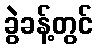
ခွဲခန့်တွင်